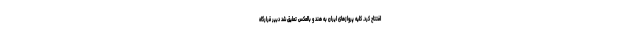
افتتاح کرد. کلیه پروازهای ایران به هند و بالعکس تعلیق شد دبیر قرارگاه